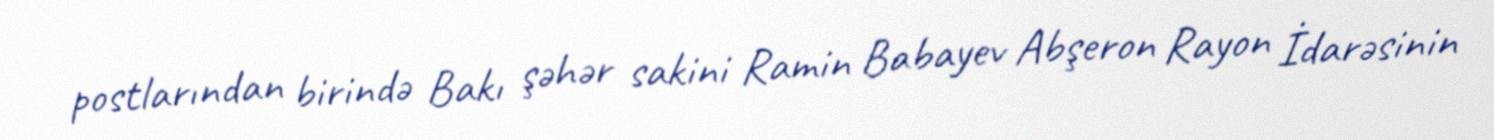
postlarından birində Bakı şəhər sakini Ramin Babayev Abşeron Rayon İdarəsinin